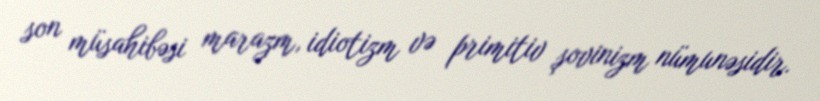
son müsahibəsi marazm, idiotizm və primitiv şovinizm nümunəsidir.